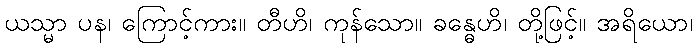
ယသ္မာ ပန၊ ကြောင့်ကား။ တီဟိ၊ ကုန်သော။ ခန္ဓေဟိ၊ တို့ဖြင့်။ အရိယော၊